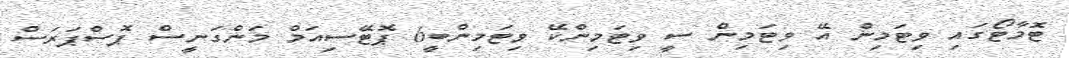
ޓޮމާޓޯގައި ވިޓަމިން އޭ ވިޓަމިން ސީ ވިޓަމިންކޭ ވިޓަމިންބީ6 ޕޮޓޭސިއަމް މަންގަނީސް ޕޮސްޕަރަސް